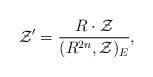
\begin{align*}{\cal Z}'=\frac{R\cdot {\cal Z}}{(R^{2n},{\cal Z})_{E}},\end{align*}